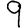
Digit: 9